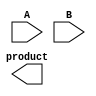
module variable_length_wallace_tree_multiplier #(
    parameter MAX_WIDTH = 32 // Define the maximum input width
)(
    input [MAX_WIDTH-1:0] A,
    input [MAX_WIDTH-1:0] B,
    output reg [2*MAX_WIDTH-1:0] product
);

    // Internal signals
    reg [2*MAX_WIDTH-1:0] partial_products[MAX_WIDTH-1:0];
    wire [2*MAX_WIDTH-1:0] sum_stage[0:MAX_WIDTH];
    wire [2*MAX_WIDTH:0] carry_stage[0:MAX_WIDTH];
    
    integer i, j;

    // Generate partial products
    always @* begin
        for (i = 0; i < MAX_WIDTH; i = i + 1) begin
            partial_products[i] = (B[i] ? A : {MAX_WIDTH{1'b0}}) << i; // Shift A by i if B[i] is 1
        end
    end

    // Function to perform a full adder operation
    function [1:0] full_adder;
        input a, b, c;
        begin
            full_adder = a + b + c;
        end
    endfunction

    // Perform Wallace tree reduction
    always @* begin
        // Initialize product to zero
        product = 0;

        // Reduction using simple Wallace tree structure
        // Assume that we sum up to 3 numbers at a time using half and full adders,
        // Simplified for the example.
        for (i = 0; i < MAX_WIDTH; i = i + 1) begin
            // For each bit in the partial product, we sum using the adders
            if (i < MAX_WIDTH - 1) begin
                sum_stage[i] = partial_products[i][2*MAX_WIDTH-1:0] + 
                                partial_products[i+1][2*MAX_WIDTH-1:0] +
                                (i > 1 ? sum_stage[i-2] : 0);
                carry_stage[i] = (partial_products[i][2*MAX_WIDTH] + 
                                   partial_products[i+1][2*MAX_WIDTH]);
            end
        end

        // Final summation of the last stage
        product = sum_stage[MAX_WIDTH-1] + carry_stage[MAX_WIDTH-2];
    end

endmodule